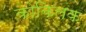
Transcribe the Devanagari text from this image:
कोकिलक